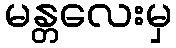
မန္တလေးမှ